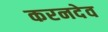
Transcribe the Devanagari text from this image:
करनदेव